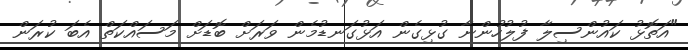
"އަތޮޅު ކައުންސިލާ ފުލުހުންނާ ގުޅިގެން އަޅުގަނޑުމެން ވަރަށް ބޮޑަށް މަސައްކަތް އެބަ ކުރަން